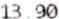
13.90